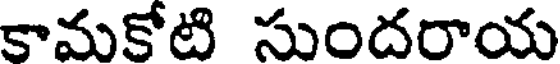
కామకోటి సుందరాయ